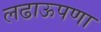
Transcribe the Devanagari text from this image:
लढाऊपणा